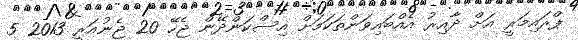
ޕްރައިމަރީ އަށް ދާއިރު އެއްބައިވަންތަކަމަށް އިސްކަންދޭން ޖެހޭ 20 ޖެނުއަރީ 2013 5